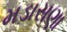
મડાસણા